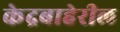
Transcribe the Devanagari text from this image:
केद्रबाहेरील